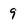
Character: 9